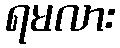
ရမလား